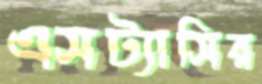
এসট্যাসির